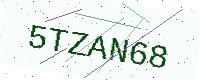
Text: 5TZAN68